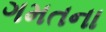
ગમતના